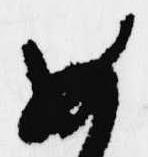
如